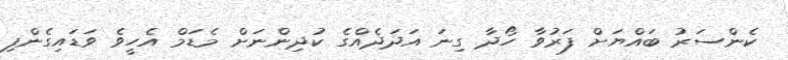
ކެންސަރު ބައްޔަށް ފަރުވާ ހޯދާ ގިނަ އަދަދެއްގެ ކުދިންނަށް މެޑަމް އެހީވެ ވަޑައިގެންފި